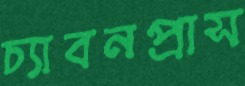
চ্যাবনপ্রাস